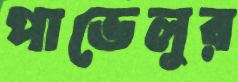
পাভেলুর